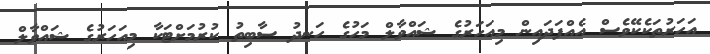
އަހަރުތަކެކޭވެސް އެއްފަދައިން މިއަހަރުގެ ޝައްވާލް މަހުގެ ހަނދު ސާބިތު ކުރުމަށްޓަކާ މިއަހަރުގެ ޝައްވާލް